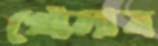
খোলান